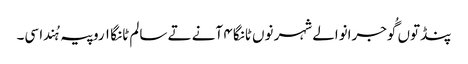
پنڈ توں گُوجرانوالے شہر نوں ٹانگا ٤ آنے تے سالم ٹانگا ١ روپیہ ہُندا سی۔